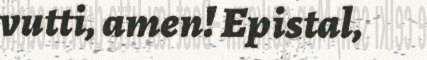
vutti, amen! Epistal,